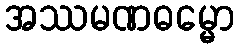
အဿမဏဓမ္မော